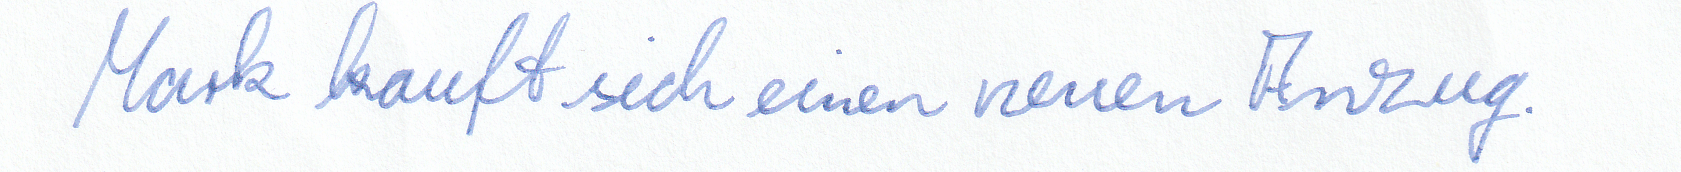
Mark kauft sich einen neuen Anzug.